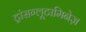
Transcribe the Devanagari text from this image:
ट्रांसग्लूटामिनेज़